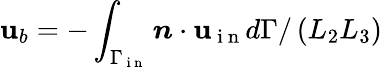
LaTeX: \mathbf{u}_{b}=-\int_{\Gamma_{\mathrm{{~i~n~}}}}\boldsymbol{n}\cdot\boldsymbol{\mathbf{u}}_{\mathrm{{~i~n~}}}d\Gamma/\left(L_{2}L_{3}\right)